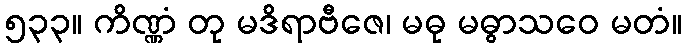
၅၃၃။ ကိဏ္ဏံ တု မဒိရာဗီဇေ၊ မဓု မဓွာသဝေ မတံ။